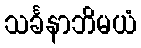
သင်္ခနာဘိမယံ